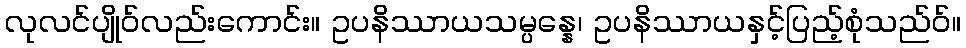
လုလင်ပျိုဝ်လည်းကောင်း။ ဥပနိဿာယသမ္ပန္နေ၊ ဥပနိဿာယနှင့်ပြည့်စုံသည်ဝ်။